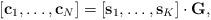
LaTeX: \begin{align*}[\mathbf{c}_1,\ldots,\mathbf{c}_N] = [\mathbf{s}_1,\ldots,\mathbf{s}_K]\cdot \mathbf{G},\end{align*}